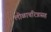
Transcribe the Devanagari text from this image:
लीळाचरित्रासह